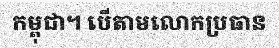
កម្ពុជា។ បើតាមលោកប្រធាន